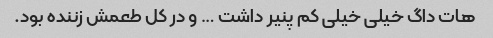
هات داگ خیلی خیلی کم پنیر داشت … و در کل طعمش زننده بود.